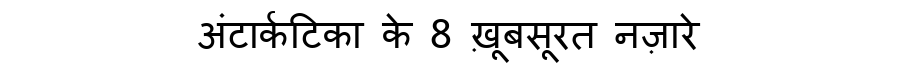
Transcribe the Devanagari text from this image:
अंटार्कटिका के 8 ख़ूबसूरत नज़ारे